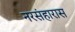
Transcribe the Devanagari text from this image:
नरसंहारास